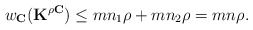
\begin{align*}w_{\mathbf{C}}(\mathbf{K}^{\rho\mathbf{C}})\le mn_1\rho+mn_2\rho=mn\rho.\end{align*}